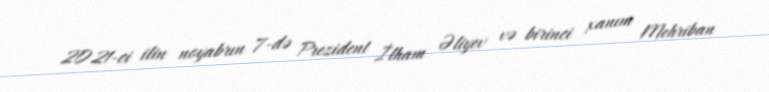
2021-ci ilin noyabrın 7-də Prezident İlham Əliyev və birinci xanım Mehriban